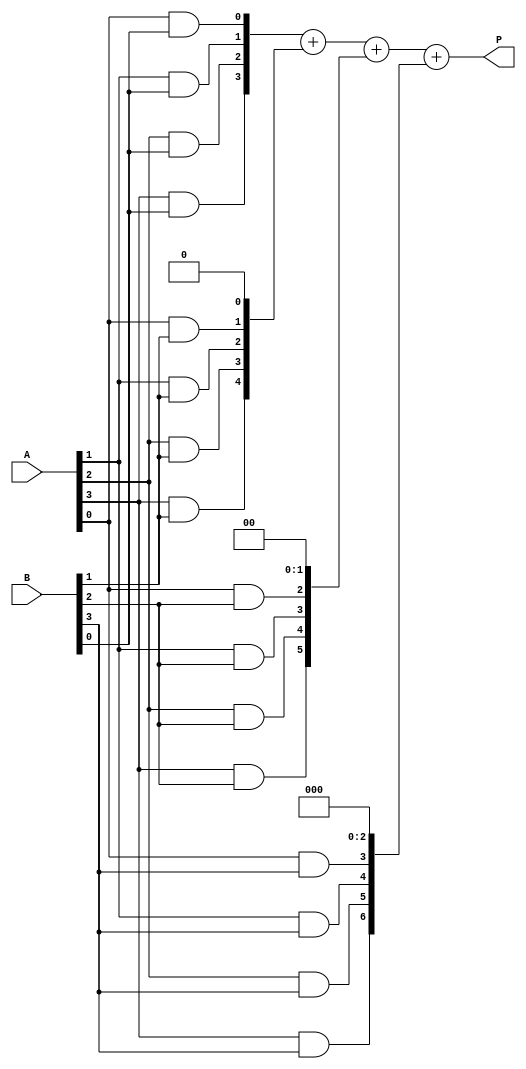
module array_multiplier (
    input  [3:0] A,  // n-bit multiplicand
    input  [3:0] B,  // m-bit multiplier
    output [7:0] P   // (n+m)-bit product
);
    
    wire [3:0] pp[3:0]; // Partial products

    // Generate partial products
    genvar i, j;
    generate
        for (i = 0; i < 4; i = i + 1) begin: pp_gen
            for (j = 0; j < 4; j = j + 1) begin: and_gate
                assign pp[i][j] = A[j] & B[i]; // AND gates for partial product generation
            end
        end
    endgenerate

    // Arrange partial products
    wire [7:0] shifted_pp[3:0];
    assign shifted_pp[0] = {4'b0000, pp[0]}; // No shift
    assign shifted_pp[1] = {3'b000, pp[1], 1'b0}; // Shift left by 1
    assign shifted_pp[2] = {2'b00, pp[2], 2'b00}; // Shift left by 2
    assign shifted_pp[3] = {1'b0, pp[3], 3'b000}; // Shift left by 3

    // Sum all partial products
    wire [7:0] sum1, sum2;

    // First addition (pp0 + shifted pp1)
    assign sum1 = shifted_pp[0] + shifted_pp[1];

    // Second addition (sum1 + shifted pp2)
    assign sum2 = sum1 + shifted_pp[2];

    // Final addition (sum2 + shifted pp3)
    assign P = sum2 + shifted_pp[3];

endmodule